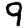
Digit: 9